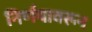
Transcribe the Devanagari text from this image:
निर्णयावरून